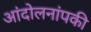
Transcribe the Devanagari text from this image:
आंदोलनांपकी